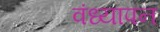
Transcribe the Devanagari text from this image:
वंध्यापन